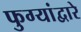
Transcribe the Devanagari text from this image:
फुग्यांद्वारे